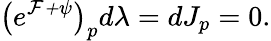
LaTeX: \big(e^{\cal F+\psi}\big)_{p}d\lambda=dJ_{p}=0.